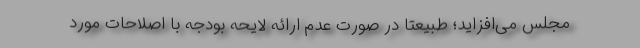
مجلس می‌افزاید؛ طبیعتاً در صورت عدم ارائه لایحه بودجه با اصلاحات مورد